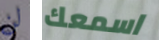
لن اسمعك